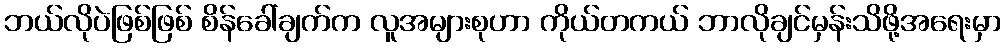
ဘယ်လိုပဲဖြစ်ဖြစ် စိန်ခေါ်ချက်က လူအများစုဟာ ကိုယ်တကယ် ဘာလိုချင်မှန်းသိဖို့အရေးမှာ